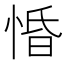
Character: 惛